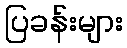
ပြခန်းများ